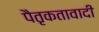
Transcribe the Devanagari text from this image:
पैतृकतावादी